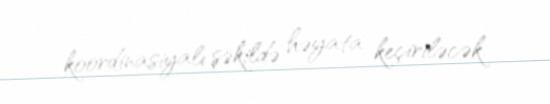
koordinasiyalı şəkildə həyata keçiriləcək.